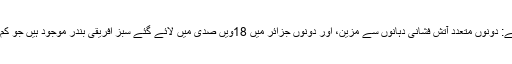
دونوں میں اہم یکسانیت موجود ہے: دونوں متعدد آتش فشانی دہانوں سے مزین، اور دونوں جزائر میں 18ویں صدی میں لائے گئے سبز افریقی بندر موجود ہیں جو کم آبادی والی جگہوں پر بستے ہیں۔